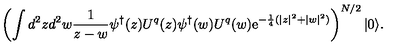
\left( \int d ^ { 2 } z d ^ { 2 } w { \frac { 1 } { z - w } } \psi ^ { \dagger } ( z ) U ^ { q } ( z ) \psi ^ { \dagger } ( w ) U ^ { q } ( w ) \mathrm { e } ^ { - { \frac { 1 } { 4 } } ( | z | ^ { 2 } + | w | ^ { 2 } ) } \right) ^ { N / 2 } | 0 \rangle .